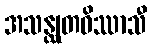
အသန္ထုတဝိဿာသီ